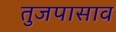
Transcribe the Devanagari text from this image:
तुजपासाव